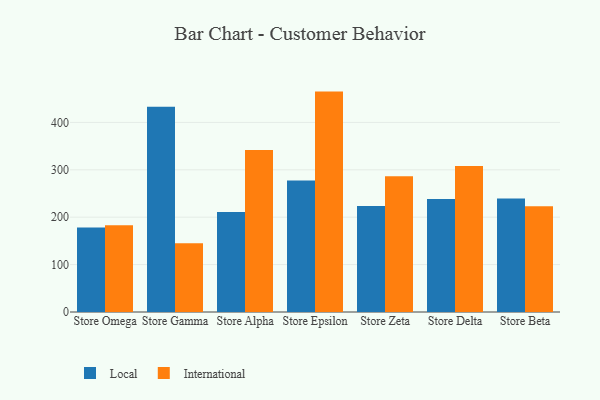
{"axis": {"x": "Store", "y": "Headcount"}, "legend": ["International", "Local"], "data": [{"x": "Store Omega", "y": 178.4, "type": "Local"}, {"x": "Store Omega", "y": 183.1, "type": "International"}, {"x": "Store Gamma", "y": 432.9, "type": "Local"}, {"x": "Store Gamma", "y": 145.3, "type": "International"}, {"x": "Store Alpha", "y": 210.8, "type": "Local"}, {"x": "Store Alpha", "y": 341.6, "type": "International"}, {"x": "Store Epsilon", "y": 277.2, "type": "Local"}, {"x": "Store Epsilon", "y": 465.0, "type": "International"}, {"x": "Store Zeta", "y": 223.4, "type": "Local"}, {"x": "Store Zeta", "y": 286.4, "type": "International"}, {"x": "Store Delta", "y": 238.3, "type": "Local"}, {"x": "Store Delta", "y": 307.9, "type": "International"}, {"x": "Store Beta", "y": 239.4, "type": "Local"}, {"x": "Store Beta", "y": 222.9, "type": "International"}]}